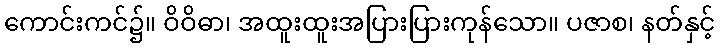
ကောင်းကင်၌။ ဝိဝိဓာ၊ အထူးထူးအပြားပြားကုန်သော။ ပဇာစ၊ နတ်နှင့်